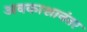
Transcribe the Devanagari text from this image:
अवकाशानंतर